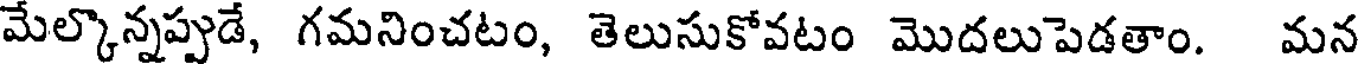
మేల్కొన్నప్పుడే, గమనించటం, తెలుసుకోవటం మొదలుపెడతాం. మన